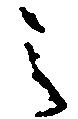
之